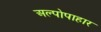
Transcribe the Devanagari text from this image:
अल्पोपाहार